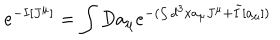
LaTeX: e ^ { - I [ J ^ { \mu } ] } = \int D a _ { \mu } e ^ { - ( \int d ^ { 3 } x a _ { \mu } J ^ { \mu } + \tilde { I } [ a _ { \mu } ] ) }